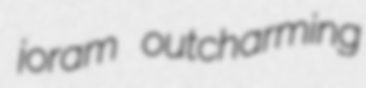
joram outcharming